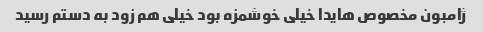
ژامبون مخصوص هایدا خیلی خوشمزه بود خیلی هم زود به دستم رسید